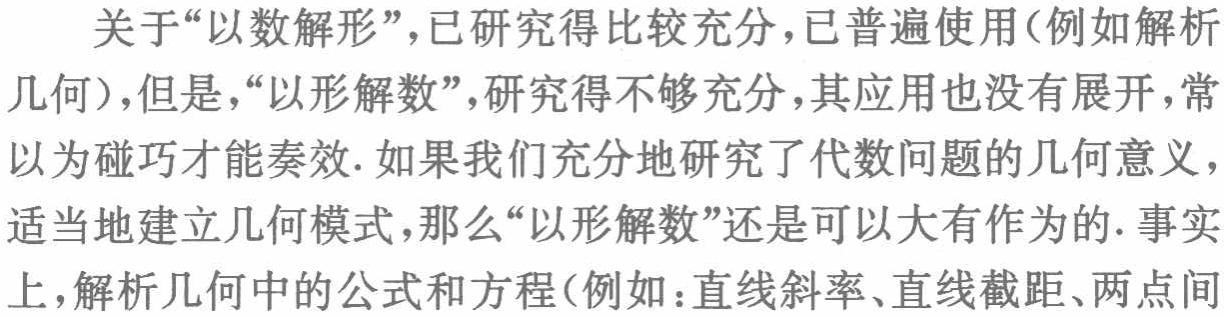
关于“以数解形”，已研究得比较充分，已普遍使用(例如解析
几何)，但是，“以形解数”，研究得不够充分，其应用也没有展开，常
以为碰巧才能奏效. 如果我们充分地研究了代数问题的几何意义，
适当地建立几何模式，那么“以形解数”还是可以大有作为的. 事实
上，解析几何中的公式和方程(例如：直线斜率、直线截距、两点间